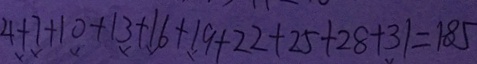
4 + 7 + 1 0 + 1 3 + 1 6 + 1 9 + 2 2 + 2 5 + 2 8 + 3 1 = 1 8 5